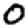
Digit: 0